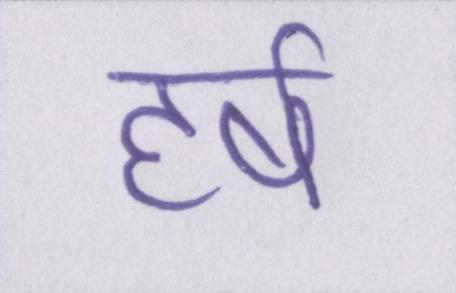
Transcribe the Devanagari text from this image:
हर्ष